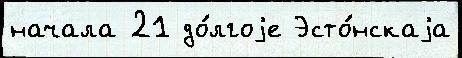
начала 21 до́лгоjе Эсто́нскаjа